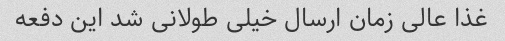
غذا عالی زمان ارسال خیلی طولانی شد این دفعه